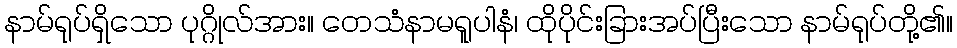
နာမ်ရုပ်ရှိသော ပုဂ္ဂိုလ်အား။ တေသံနာမရူပါနံ၊ ထိုပိုင်းခြားအပ်ပြီးသော နာမ်ရုပ်တို့၏။